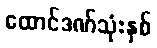
ထောင်ဒဏ်သုံးနှစ်